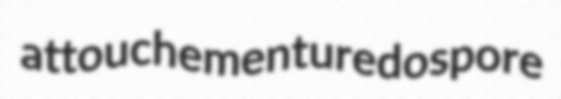
attouchement uredospore